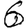
Digit: 6